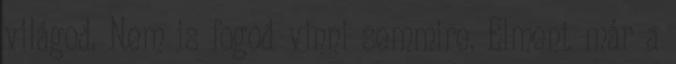
világod. Nem is fogod vinni semmire. Elment már a